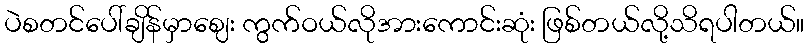
ပဲစတင်ပေါ်ချိန်မှာဈေး ကွက်ဝယ်လိုအားကောင်းဆုံး ဖြစ်တယ်လို့သိရပါတယ်။